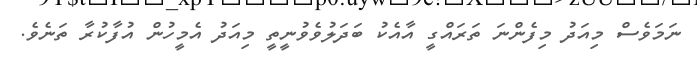
ނަމަވެސް މިއަދު މިފެންނަ ތަރައްގީ އާއެކު ބަދަލުވެވުނީތީ މިއަދު އެމީހުން އުފާކުރާ ތަނެވެ.